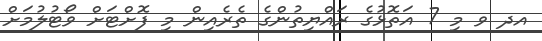
އދ ވ މި 7 އަތޮޅުގެ ރައްޔިތުންގެ ތެރެއިން މި ފޮށްޓަށް ވޯޓުލުމަށް